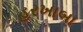
હરખાબા